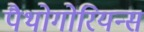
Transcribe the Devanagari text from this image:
पैथोगोरियन्स